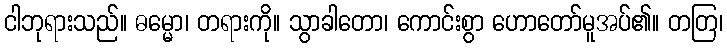
ငါဘုရားသည်။ ဓမ္မော၊ တရားကို။ သွာခါတော၊ ကောင်းစွာ ဟောတော်မူအပ်၏။ တတြ၊